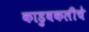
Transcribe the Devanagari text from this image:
काडुवकलीचे